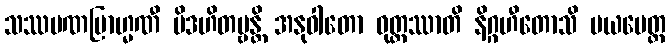
သဿမဏဗြာဟ္မဏီ ပိဒဟိတဗ္ဗန္တိ အနုဝါတော ဝုတ္တဿာတိ နိဂ္ဂဟီတောသိ မယမေတ္ထ